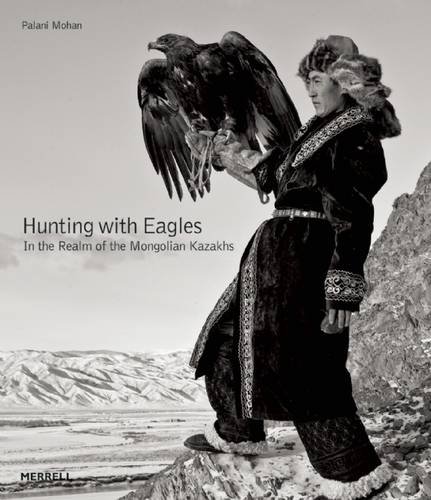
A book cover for Hunting with Eagles: In the Realm of the Mongolian Kazakhs; Arts & Photography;